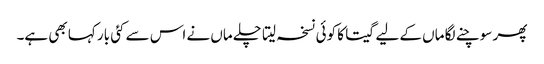
پھر سوچنے لگا ماں کے لیے گیتا کا کوئی نسخہ لیتا چلے ماں نے اس سے کئی بار کہا بھی ہے۔